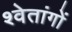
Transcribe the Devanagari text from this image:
श्वेतांगों